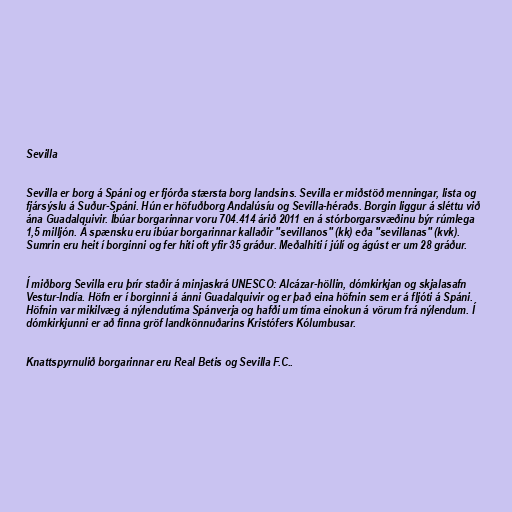
Sevilla

Sevilla er borg á Spáni og er fjórða stærsta borg landsins. Sevilla er miðstöð menningar, lista og
fjársýslu á Suður-Spáni. Hún er höfuðborg Andalúsíu og Sevilla-héraðs. Borgin liggur á sléttu við
ána Guadalquivir. Íbúar borgarinnar voru 704.414 árið 2011 en á stórborgarsvæðinu býr rúmlega
1,5 milljón. Á spænsku eru íbúar borgarinnar kallaðir "sevillanos" (kk) eða "sevillanas" (kvk).
Sumrin eru heit í borginni og fer hiti oft yfir 35 gráður. Meðalhiti í júlí og ágúst er um 28 gráður.

Í miðborg Sevilla eru þrír staðir á minjaskrá UNESCO: Alcázar-höllin, dómkirkjan og skjalasafn
Vestur-Indía. Höfn er í borginni á ánni Guadalquivir og er það eina höfnin sem er á fljóti á Spáni.
Höfnin var mikilvæg á nýlendutíma Spánverja og hafði um tíma einokun á vörum frá nýlendum. Í
dómkirkjunni er að finna gröf landkönnuðarins Kristófers Kólumbusar.

Knattspyrnulið borgarinnar eru Real Betis og Sevilla F.C..